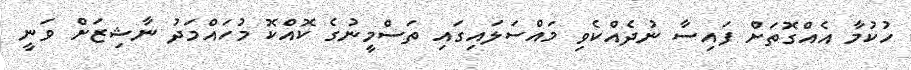
ހުކުމާ އެއްގޮތަށް ފައިސާ ނުދެއްކެވި މައްސަލައިގައި ތަސްމީނުގެ ކޮއްކޮ މުހައްމަދު ނާޝިޒަށް ވަނީ